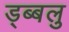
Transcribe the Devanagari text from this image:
ड्ब्बलु